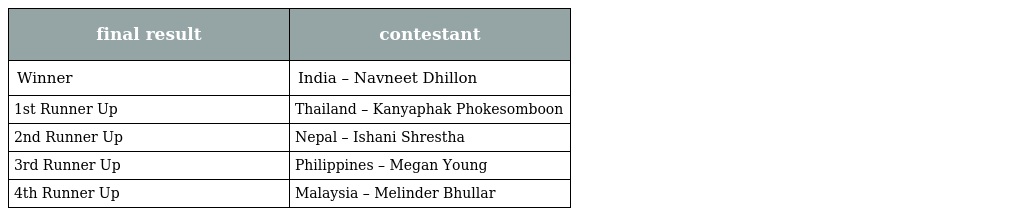
| final result | contestant |
 | --- | --- |
 | Winner | India – Navneet Dhillon |
 | 1st Runner Up | Thailand – Kanyaphak Phokesomboon |
 | 2nd Runner Up | Nepal – Ishani Shrestha |
 | 3rd Runner Up | Philippines – Megan Young |
 | 4th Runner Up | Malaysia – Melinder Bhullar |